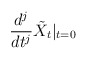
\begin{align*}\frac{d^j}{dt^j} \tilde{X}_t |_{t = 0} \end{align*}